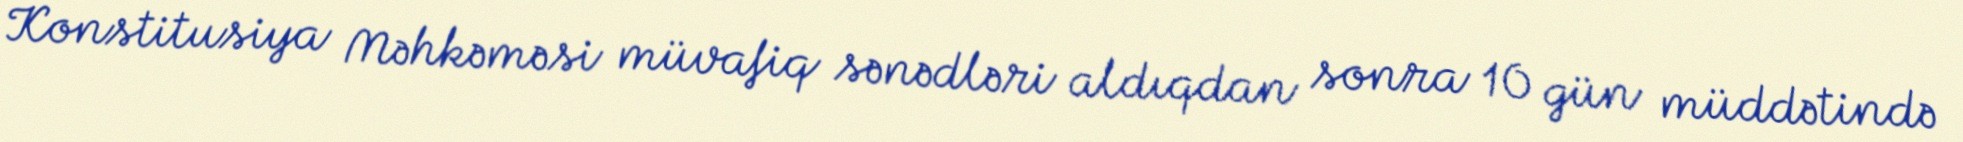
Konstitusiya Məhkəməsi müvafiq sənədləri aldıqdan sonra 10 gün müddətində